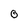
Character: 0